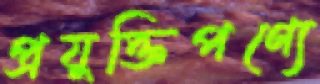
প্রযুক্তিপণ্যে